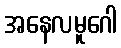
အနေလမူဂေါ